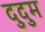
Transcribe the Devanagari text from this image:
दुदुम